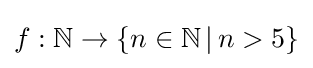
f:\mathbb {N} \rightarrow \{n\in \mathbb {N} \,|\,n>5\}